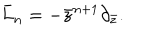
LaTeX: \bar { L } _ { n } = - \bar { z } ^ { n + 1 } \partial _ { \bar { z } } .